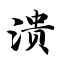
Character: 溃